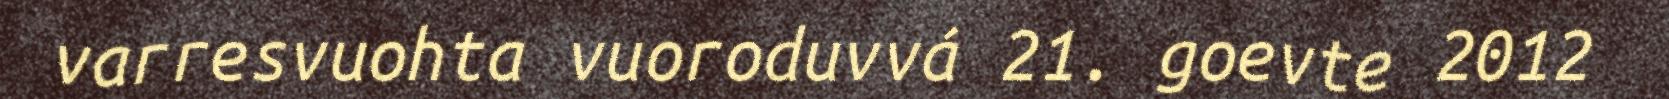
varresvuohta vuoroduvvá 21. goevte 2012